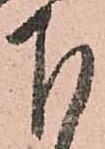
下